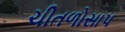
ચીતળોસાપ